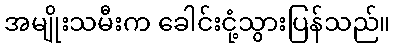
အမျိုးသမီးက ခေါင်းငုံ့သွားပြန်သည်။